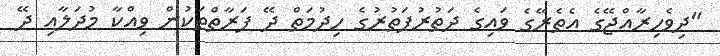
"ދިވެހިރާއްޖޭގެ އެތެރޭގެ ވައިގެ ދަތުރުފަތުރުގެ ހިދުމަތް ދޭ ފަރާތްތަކުން ވިއްކާ މުދަލާއި ދޭ